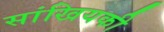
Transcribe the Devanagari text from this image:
सांखियकी